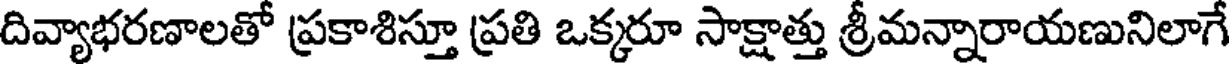
దివ్యాభరణాలతో ప్రకాశిస్తూ ప్రతి ఒక్కరూ సాక్షాత్తు శ్రీమన్నారాయణునిలాగే